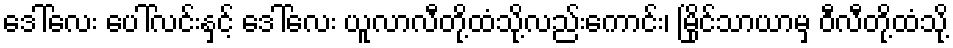
ဒေါ်လေး ပေါ်လင်းနှင့် ဒေါ်လေး ယူလာလီတို့ထံသို့လည်းကောင်း၊ မြိုင်သာယာမှ ဝီလီတို့ထံသို့